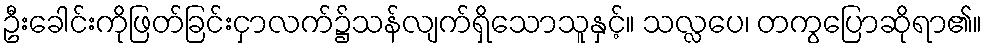
ဦးခေါင်းကိုဖြတ်ခြင်းငှာလက်၌သန်လျက်ရှိသောသူနှင့်။ သလ္လပေ၊ တကွပြောဆိုရာ၏။